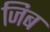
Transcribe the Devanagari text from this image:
जिब